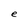
Character: e